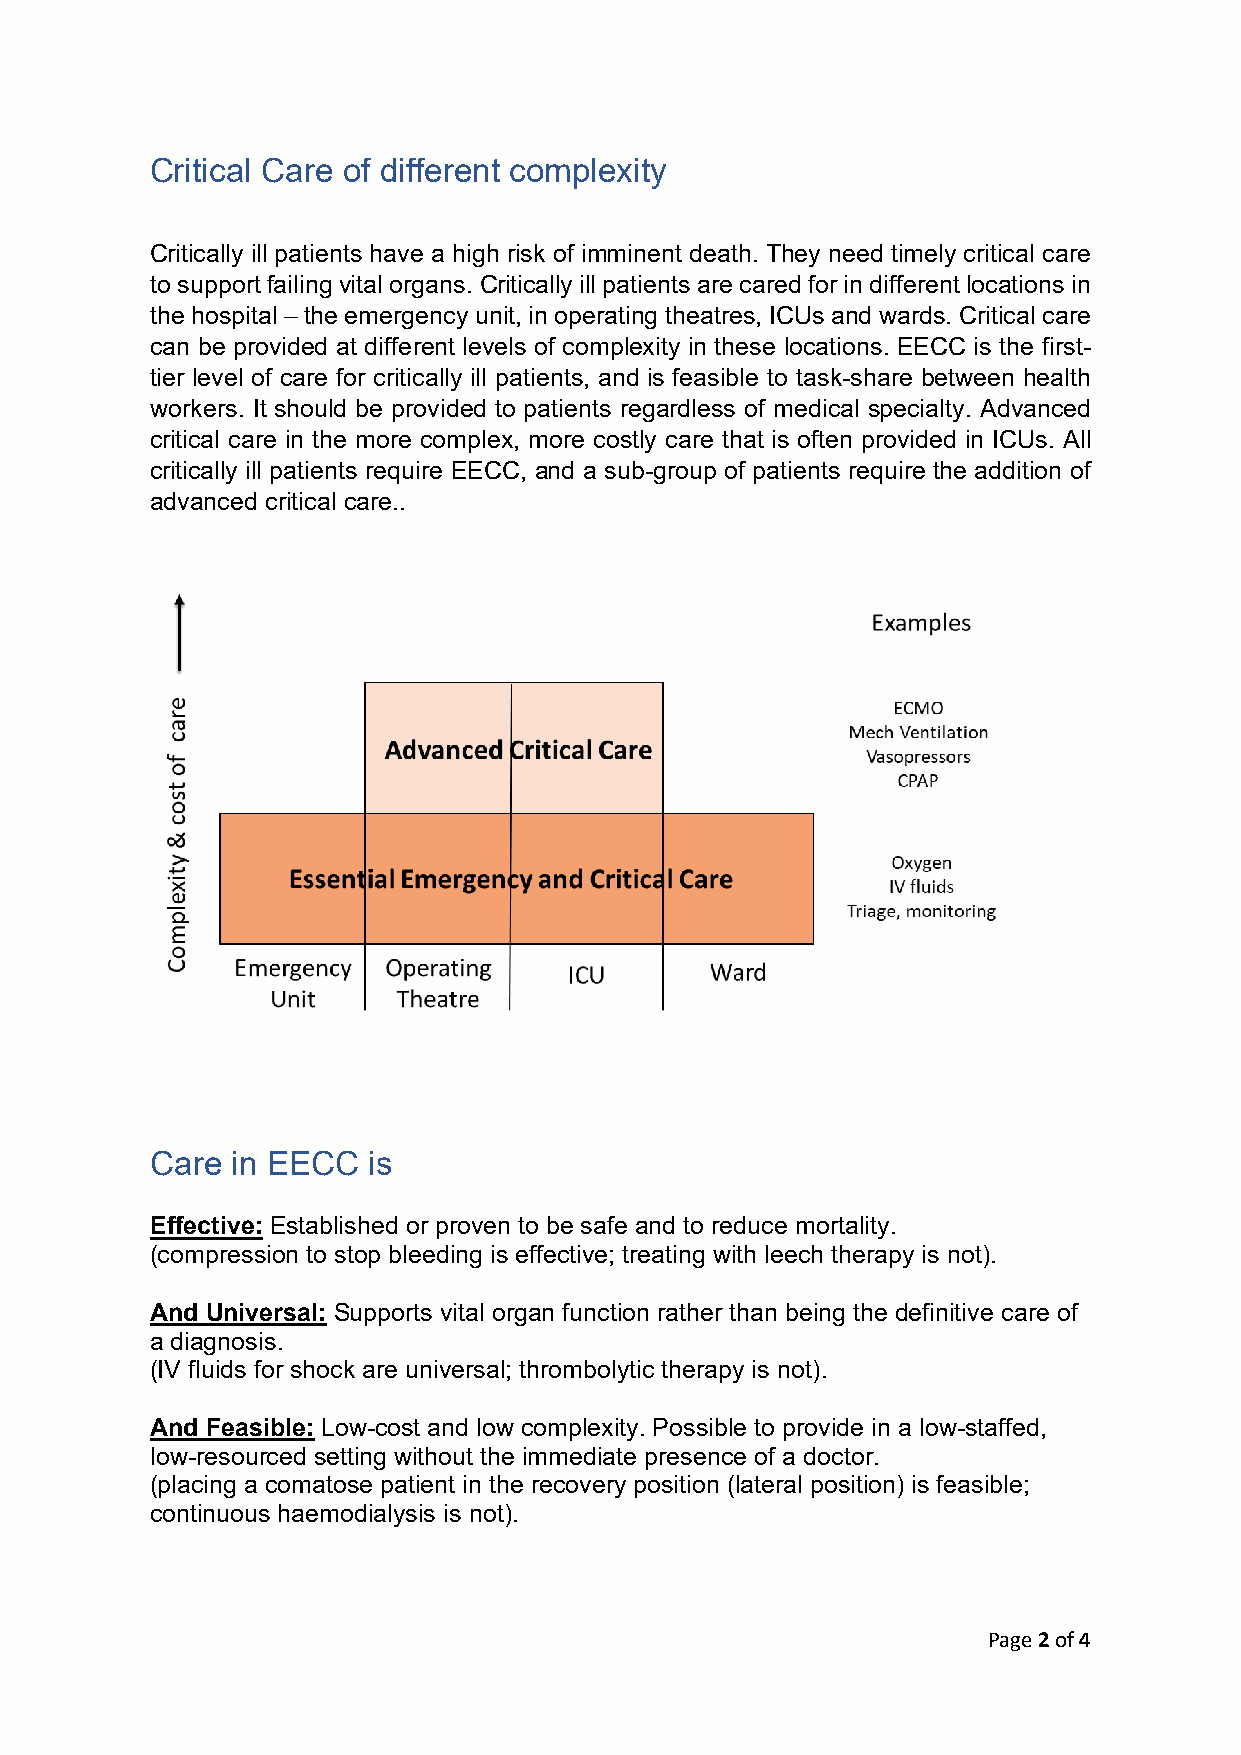
Critical Care of different complexity
 Critically ill patients have a high risk of imminent death. They need timely critical care
 to support failing vital organs. Critically ill patients are cared for in different locations in
 the hospital – the emergency unit, in operating theatres, ICUs and wards. Critical care
 can be provided at different levels of complexity in these locations. EECC is the first-
 tier level of care for critically ill patients, and is feasible to task-share between health
 workers. It should be provided to patients regardless of medical specialty. Advanced
 critical care in the more complex, more costly care that is often provided in ICUs. All
 critically ill patients require EECC, and a sub-group of patients require the addition of
 advanced critical care..
 Care in EECC  is
 Effective: Established or proven to be safe and to reduce mortality.
 (compression to stop bleeding is effective; treating with leech therapy is not).
 And Universal: Supports vital organ function rather than being the definitive care of
 a diagnosis.
 (IV fluids for shock are universal; thrombolytic therapy is not).
 And Feasible: Low-cost and low complexity. Possible to provide in a low-staffed,
 low-resourced setting without the immediate presence of a doctor.
 (placing a comatose patient in the recovery position (lateral position) is feasible;
 continuous haemodialysis is not).
 Page 2 of 4